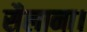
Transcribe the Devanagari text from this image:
सैलाना।